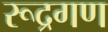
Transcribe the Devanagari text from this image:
रूद्रगण